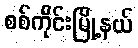
စစ်ကိုင်းမြို့နယ်